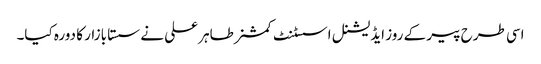
اسی طرح پیر کے روز ایڈیشنل اسسٹنٹ کمشنر طاہر علی نے سستا بازار کا دورہ کیا۔